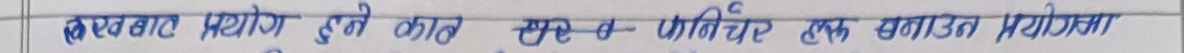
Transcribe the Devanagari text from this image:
कचराबाट प्रयोग हुने काठ बाट फर्निचर हक बनाउन परियोजना